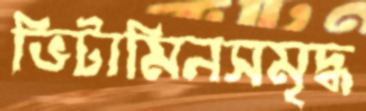
ভিটামিনসমৃদ্ধ